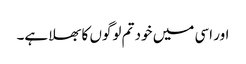
اور اسی میں خود تم لوگوں کا بھلا ہے۔